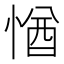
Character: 㥢